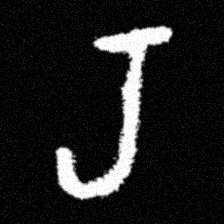
Pyu character \u2014 Myanmar letter: ရ (romanized: ra)